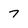
Character: 7